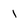
Character: 1